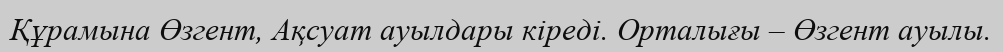
Құрамына Өзгент, Ақсуат ауылдары кіреді. Орталығы – Өзгент ауылы.